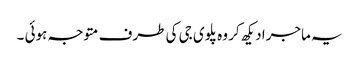
یہ ماجرا دیکھ کر وہ پلوی جی کی طرف متوجہ ہوئی ۔